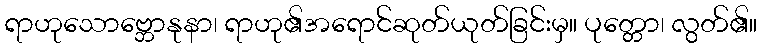
ရာဟုသောဗ္ဘောနုနာ၊ ရာဟု၏အရောင်ဆုတ်ယုတ်ခြင်းမှ။ ပုတ္တော၊ လွတ်၏။